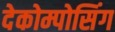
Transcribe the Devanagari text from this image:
देकोम्पोसिंग